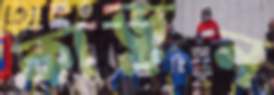
কাড়ুন